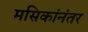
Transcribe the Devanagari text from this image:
मसिकांनंतर